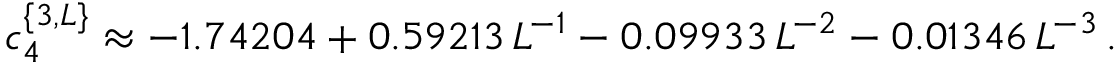
c _ { 4 } ^ { \{ 3 , L \} } \approx - 1 . 7 4 2 0 4 + 0 . 5 9 2 1 3 \, L ^ { - 1 } - 0 . 0 9 9 3 3 \, L ^ { - 2 } - 0 . 0 1 3 4 6 \, L ^ { - 3 } \, .